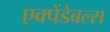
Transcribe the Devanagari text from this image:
एक्पेंडेबल्स